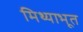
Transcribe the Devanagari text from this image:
मिथ्याभूत